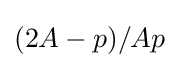
(2A-p)/Ap